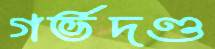
গর্ভদণ্ড